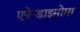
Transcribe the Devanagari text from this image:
एपेन्डाइमोमा